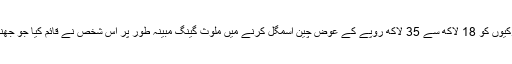
دوسری جانب 9 مئی کو ڈان اخبار کی ایک رپورٹ میں یہ بات سامنے آئی تھی کہ پاکستانی لڑکیوں کو 18 لاکھ سے 35 لاکھ روپے کے عوض چین اسمگل کرنے میں ملوث گینگ مبینہ طور پر اس شخص نے قائم کیا جو جھنگ کے علاقے حویلی بہادر شاہ میں توانائی کے ایک منصوبے کے سلسلے میں پاکستان آیا تھا۔